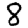
Digit: 8